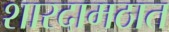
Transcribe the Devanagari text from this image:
शारदामठात